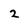
Character: 2